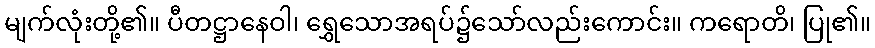
မျက်လုံးတို့၏။ ပီတဋ္ဌာနေဝါ၊ ရွှေသောအရပ်၌သော်လည်းကောင်း။ ကရောတိ၊ ပြု၏။